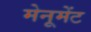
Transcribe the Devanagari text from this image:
मेनूमेंट